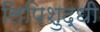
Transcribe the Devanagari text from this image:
लिपिशुद्धी